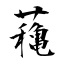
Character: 蘒